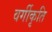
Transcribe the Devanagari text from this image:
वर्गीकृति